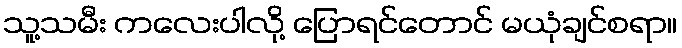
သူ့သမီး ကလေးပါလို့ ပြောရင်တောင် မယုံချင်စရာ။